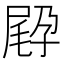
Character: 𡥸